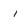
Character: l